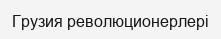
Грузия революционерлері